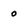
Character: 0